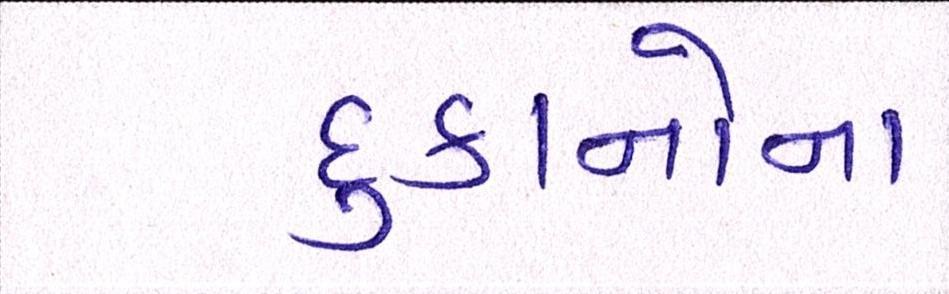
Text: દુકાનોના